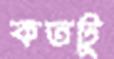
কতটু